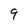
Character: 9